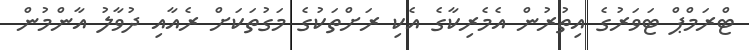
ޓްރަމްޕް ޓަވަރުގެ އިތުރުން އެމެރިކާގެ އެކި ރަށްތަކުގެ މަގުތަކަށް ރެއާއި ދުވާލު އާންމުން